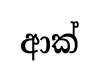
ආක්